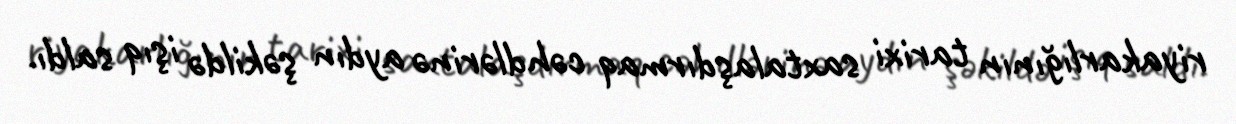
riyakarlığının tarixi saxtalaşdırmaq cəhdlərinə aydın şəkildə işıq saldı.